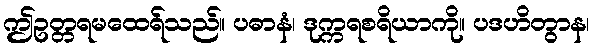
ဤဥတ္တရမထေရ်သည်။ ပဓာနံ၊ ဒုက္ကရစရိယာကို။ ပဒဟိတွာန၊